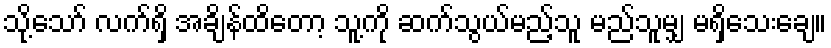
သို့သော် လက်ရှိ အချိန်ထိတော့ သူ့ကို ဆက်သွယ်မည့်သူ မည်သူမျှ မရှိသေးချေ။